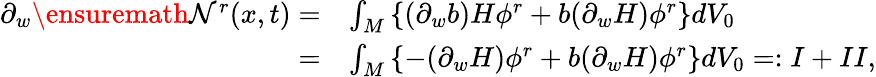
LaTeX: \begin{array}{rl}{\partial_{w}\ensuremath{\mathcal{N}}^{r}(x,t)=}&{\int_{M}\left\{ (\partial_{w}b)H\phi^{r}+b(\partial_{w}H)\phi^{r}\right\} dV_{0}}\\ {=}&{\int_{M}\left\{ -(\partial_{w}H)\phi^{r}+b(\partial_{w}H)\phi^{r}\right\} dV_{0}=:I+II,}\end{array}